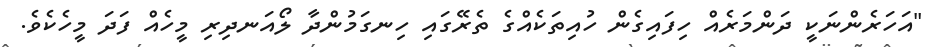
"އަހަރެންނަކީ ދަންމަރެއް ހިފައިގެން ހުއިތަކެއްގެ ތެރޭގައި ހިނގަމުންދާ ލޯއަނދިރި މީހެއް ފަދަ މީހެކެވެ.